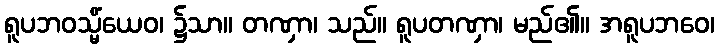
ရူပဘဝသ္မိံယေဝ၊ ၌သာ။ တဏှာ၊ သည်။ ရူပတဏှာ၊ မည်၏။ အရူပဘဝေ၊